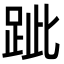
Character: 跐